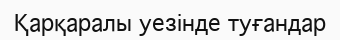
Қарқаралы уезінде туғандар